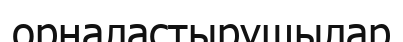
орналастырушылар